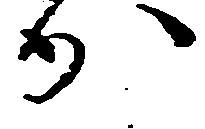
か